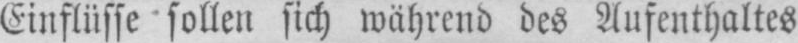
Einflüsse sollen sich während des Aufenthaltes